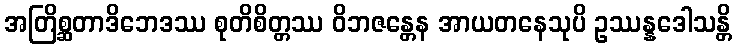
အတြိစ္ဆတာဒိဘေဒဿ စုတိစိတ္တဿ ဝိဘဇန္တေန အာယတနေသုပိ ဥဿန္နဒေါသန္တိ